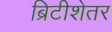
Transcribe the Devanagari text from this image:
ब्रिटीशेतर